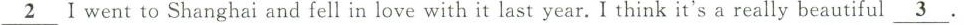
\underline{ 2}Iwent to Shanghai and fell in love with it last year. I think it's a really beautiful\underline{ 3}.